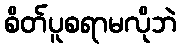
စိတ်ပူစရာမလိုဘဲ